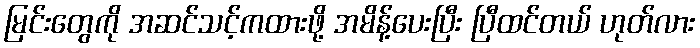
မြင်းတွေကို အဆင်သင့်ကထားဖို့ အမိန့်ပေးပြီး ပြီထင်တယ် ဟုတ်လား